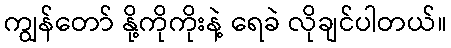
ကျွန်တော် နို့ကိုကိုးနဲ့ ရေခဲ လိုချင်ပါတယ်။